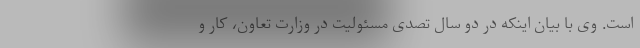
است. وی با بیان اینکه در دو سال تصدی مسئولیت در وزارت تعاون، کار و